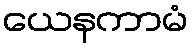
ယေနကာမံ